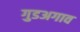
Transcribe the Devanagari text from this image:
गुडअगाव